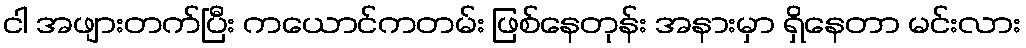
ငါ အဖျားတက်ပြီး ကယောင်ကတမ်း ဖြစ်နေတုန်း အနားမှာ ရှိနေတာ မင်းလား